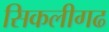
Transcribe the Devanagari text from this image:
सिकलीगढ